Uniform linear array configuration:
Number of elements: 64
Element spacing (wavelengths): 0.25
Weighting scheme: hamming
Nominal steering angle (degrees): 0
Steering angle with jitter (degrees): -1.35
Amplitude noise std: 0.05
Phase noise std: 0.05

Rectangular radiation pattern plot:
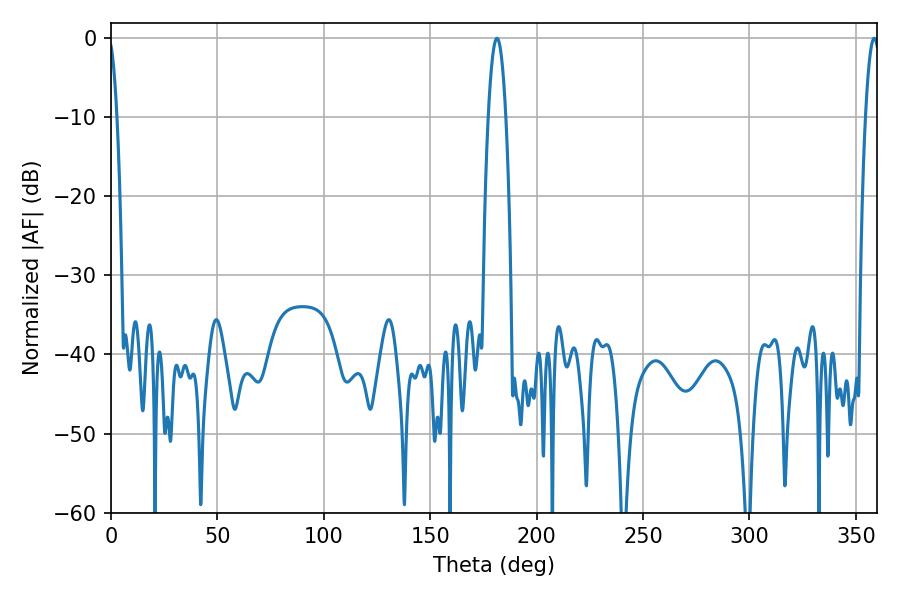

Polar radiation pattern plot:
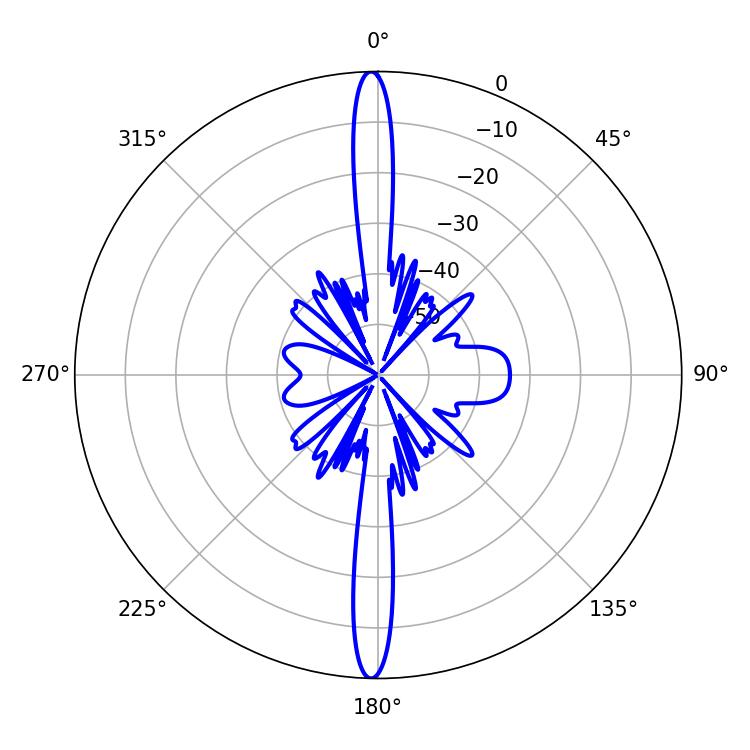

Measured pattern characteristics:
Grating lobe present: FALSE
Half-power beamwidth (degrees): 3.6
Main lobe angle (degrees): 358.56